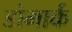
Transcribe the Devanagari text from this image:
डोमार्क